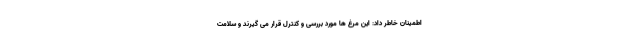
اطمینان خاطر داد: این مرغ ها مورد بررسی و کنترل قرار می گیرند و سلامت